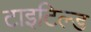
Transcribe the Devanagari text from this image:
टाइटिल्ड